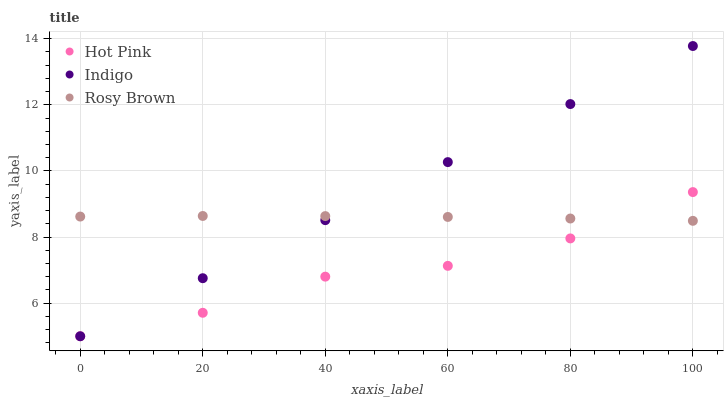
| xaxis_label | Hot Pink | Indigo | Rosy Brown |
 | --- | --- | --- | --- |
 | 0 | 5 | 5 | 8.62 |
 | 20 | 5.71 | 6.76 | 8.64 |
 | 40 | 6.8 | 8.51 | 8.64 |
 | 60 | 7.13 | 10.3 | 8.61 |
 | 80 | 7.96 | 12 | 8.56 |
 | 100 | 9.36 | 13.8 | 8.49 |